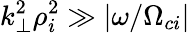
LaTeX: k_{\perp}^{2}\rho_{i}^{2}\gg\lvert\omega/\Omega_{ci}\rvert